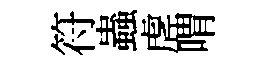
符蟲虗喟